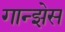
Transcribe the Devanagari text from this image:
गान्झेस